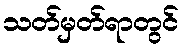
သတ်မှတ်ရာတွင်